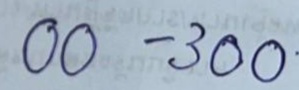
00 - 300